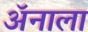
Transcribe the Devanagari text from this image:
ॲनाला